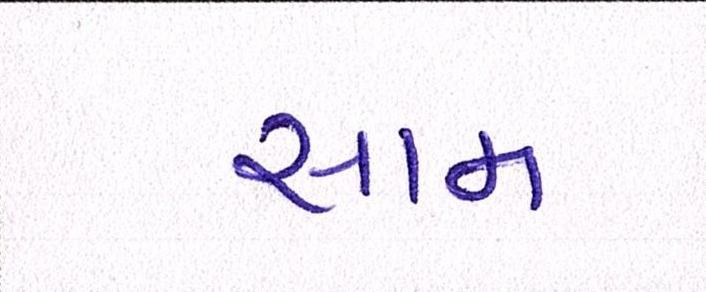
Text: સામ